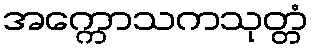
အက္ကောသကသုတ္တံ